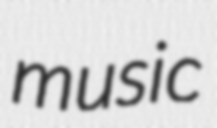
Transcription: music